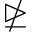
\ntrianglerighteq